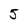
Character: 5